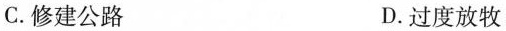
C.修建公路 D.过度放牧